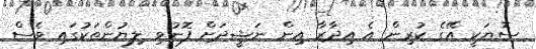
ސޮޔަކީ އޭގެ ކުރިން އެ އިދާރާ އިން ނަޝީދަށް ފޮނުވި ލިޔުންތަކުގައި ވެސް